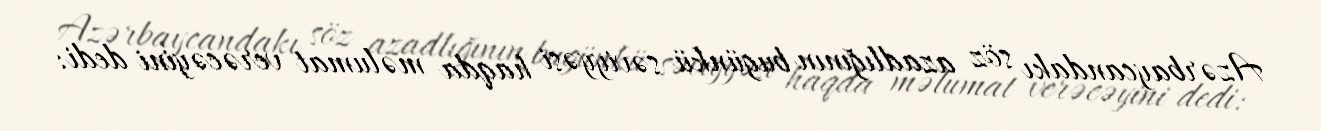
Azərbaycandakı söz azadlığının bugünkü səviyyəsi haqda məlumat verəcəyini dedi: